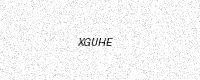
Text: XGUHE